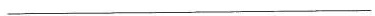
___